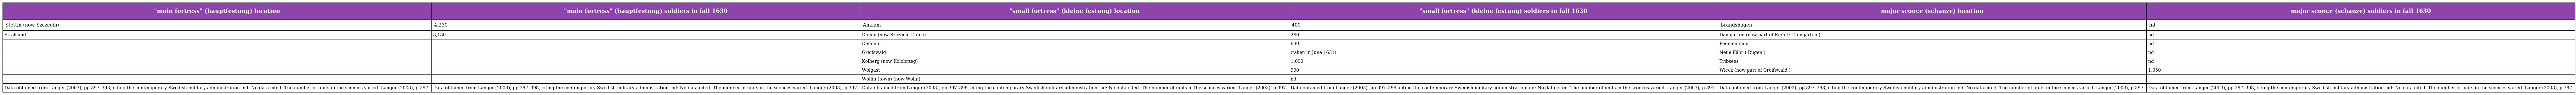
| "main fortress" (hauptfestung) location | "main fortress" (hauptfestung) soldiers in fall 1630 | "small fortress" (kleine festung) location | "small fortress" (kleine festung) soldiers in fall 1630 | major sconce (schanze) location | major sconce (schanze) soldiers in fall 1630 |
 | --- | --- | --- | --- | --- | --- |
 | Stettin (now Szczecin) | 4,230 | Anklam | 400 | Brandshagen | nd |
 | Stralsund | 3,130 | Damm (now Szczecin-Dabie) | 280 | Damgarten (now part of Ribnitz-Damgarten ) | nd |
 |  |  | Demmin | 830 | Peenemünde | nd |
 |  |  | Greifswald | (taken in June 1631) | Neue Fähr ( Rügen ) | nd |
 |  |  | Kolberg (now Kolobrzeg) | 1,000 | Tribsees | nd |
 |  |  | Wolgast | 990 | Wieck (now part of Greifswald ) | 1,050 |
 |  |  | Wollin (town) (now Wolin) | nd |  |  |
 | Data obtained from Langer (2003), pp.397–398, citing the contemporary Swedish military administration. nd: No data cited. The number of units in the sconces varied. Langer (2003), p.397. | Data obtained from Langer (2003), pp.397–398, citing the contemporary Swedish military administration. nd: No data cited. The number of units in the sconces varied. Langer (2003), p.397. | Data obtained from Langer (2003), pp.397–398, citing the contemporary Swedish military administration. nd: No data cited. The number of units in the sconces varied. Langer (2003), p.397. | Data obtained from Langer (2003), pp.397–398, citing the contemporary Swedish military administration. nd: No data cited. The number of units in the sconces varied. Langer (2003), p.397. | Data obtained from Langer (2003), pp.397–398, citing the contemporary Swedish military administration. nd: No data cited. The number of units in the sconces varied. Langer (2003), p.397. | Data obtained from Langer (2003), pp.397–398, citing the contemporary Swedish military administration. nd: No data cited. The number of units in the sconces varied. Langer (2003), p.397. |